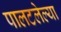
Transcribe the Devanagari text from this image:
पालटलेल्या